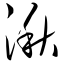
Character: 湫